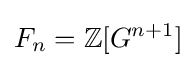
F_{n}=\mathbb {Z} [G^{n+1}]